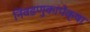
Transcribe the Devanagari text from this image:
निवडणुकांपेक्षा